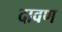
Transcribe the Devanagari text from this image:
दावण